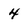
Character: 4